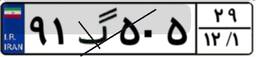
۷۸گ۱۶۸۵۷